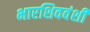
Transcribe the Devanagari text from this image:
भारशिववंशी